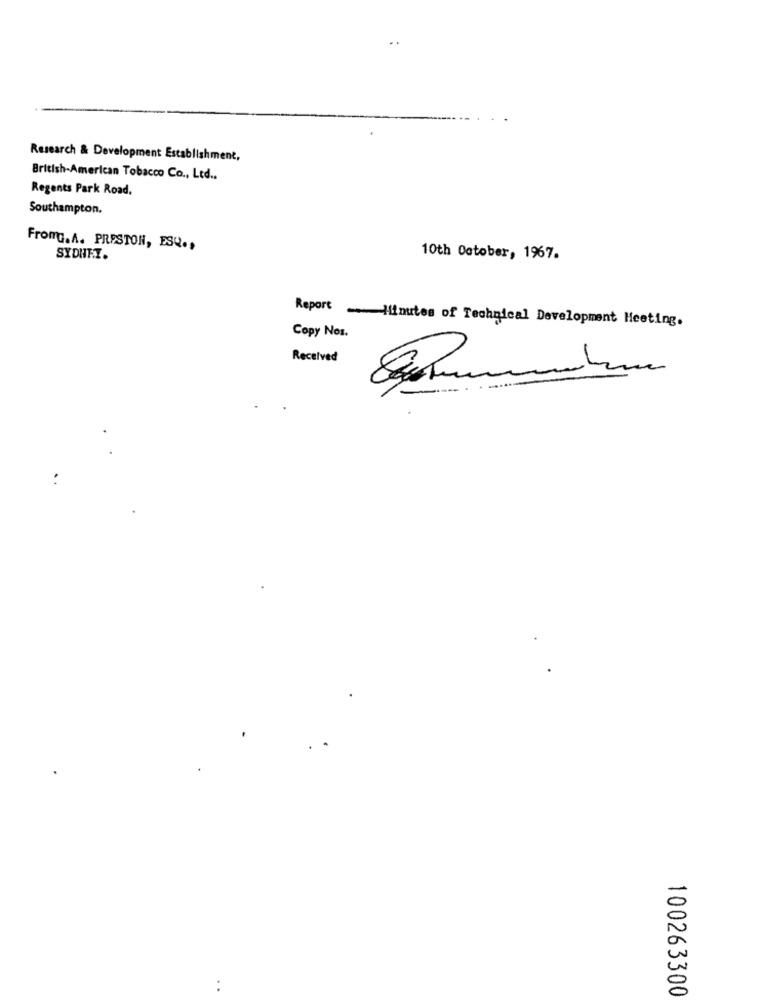
Research & Development Establishment,
British-American Tobacco Co ., Ltd ..
Regents Park Road.
Southampton.
FromG. A. PRESTON, ESQ .,
SYDHT.T.
10th October, 1967.
Report _ Minutes of Technical Development Meeting.
Copy Nos.
Received
100263300